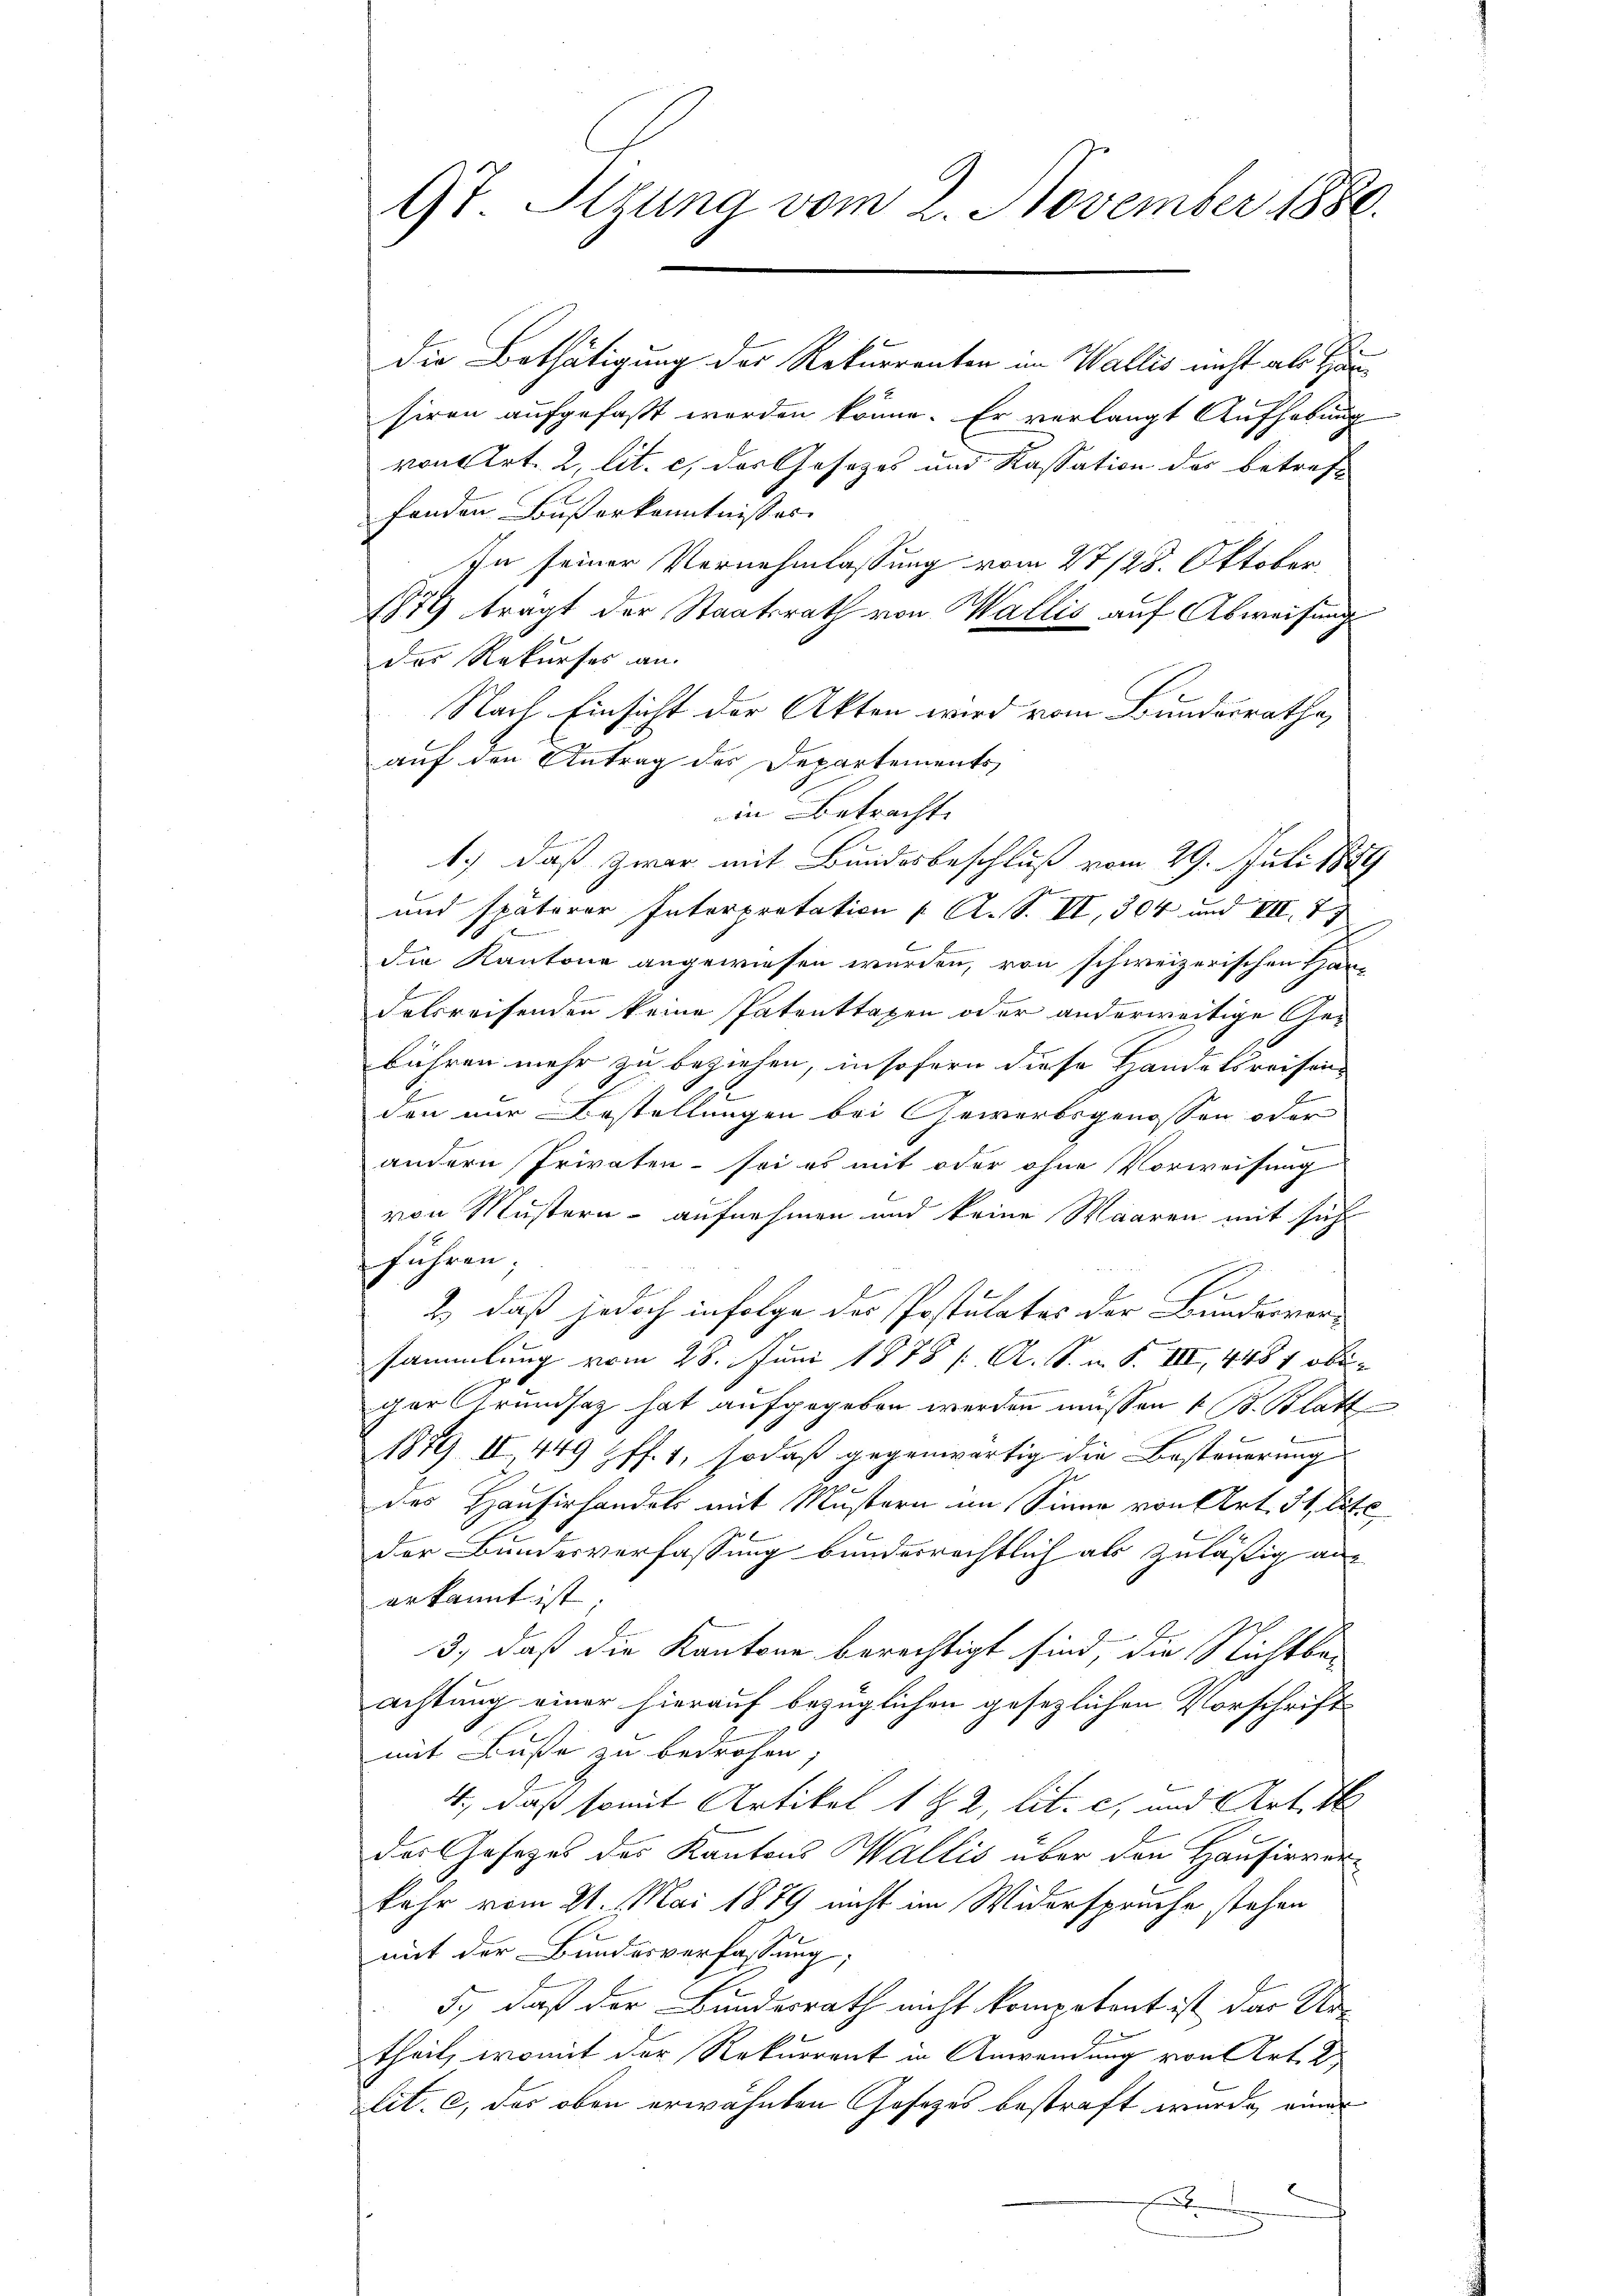
9t. Sizung vom 2. November 1880.

die Bethätigung der Rekurrenten in Wallis nicht als Häusiren aufgefaßt werden könne. Er verlangt Aufhebung
von Art. 2, lit. c, des Gesetzes und Kassation des betreff
fanden Bußerkenntnisses
In seiner Vernehmlassung vom 27/28. Oktober.
1879 tragt der Staatsrath von Wallis auf Abweisung
das Rekurses an.
Nach Einsicht der Akten wird vom Bundesrathe,
auf den Antrag des Departements
in Betrachte
1.) daß zwar mit Bundesbeschluß vom 29. Juli 1889
und späterer Interpretation ( A. S. VI, 304 und VII. 77
die Kantone angewiesen wurden, von schweizerischen Handelsreisenden keine Patenttaxen oder anderweitige Gebühren mehr zu beziehen, insofern diese Handelsreisen
den nur Bestellungen bei Gewerbsgenossen oder
andern Privaten - sei es mit oder ohne Vorweisung
von Mustern - aufnehmen und keine Waaren mit sich
führen;
2.) daß jedoch infolge des Postulates der Bundesversammlung vom 28. Juni 1878 / A. S. i. S. III, 448 f oberger Grundsatz hat aufgegeben werden müssen & B. Blatt
1879. II. 449 ff. 1, sodaß gegenwärtig die Besteuerung
des Hausirhandels mit Mustern im Sinne von Art. 31 lite
der Bundesverfassung bunderrechtlich als zuläßig anerkannt ist;
3., daß die Kantone berechtigt sind, die Nichtbe-
achtung einer hierauf bezüglichen gesezlichen Vorschrift
mit Buße zu bedrohen,
4., daß somit Artikel 1 § 2, lit. c, und Art. 1
der Gesetzes des Kantons Wallis über den Hausirverkehr vom 21. Mai 1879 nicht im Widersprüche stehen
mit der Bundesverfassung;
5., daß der Bundesrath nicht kompetent ist das Ur-
theil, womit der Rekurrent in Anwendung von Art. 2
lit. c, das oben erwähnten Gesetzes bestraft wurde, einer
F